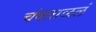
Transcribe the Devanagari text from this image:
चंवताळलं